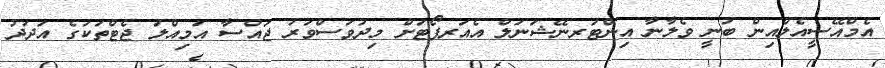
އެމްއޭސީއެލްއިން ބުނީ ވެލާނާ އިންޓަރނޭޝަނަލް އެއަރޕޯޓަށް މިދުވަސްވަރު ޖައްސާ އަމިއްލަ ޖެޓްތަކުގެ އަދަދު